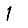
Digit: 1